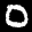
Label: 0